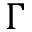
\Gamma